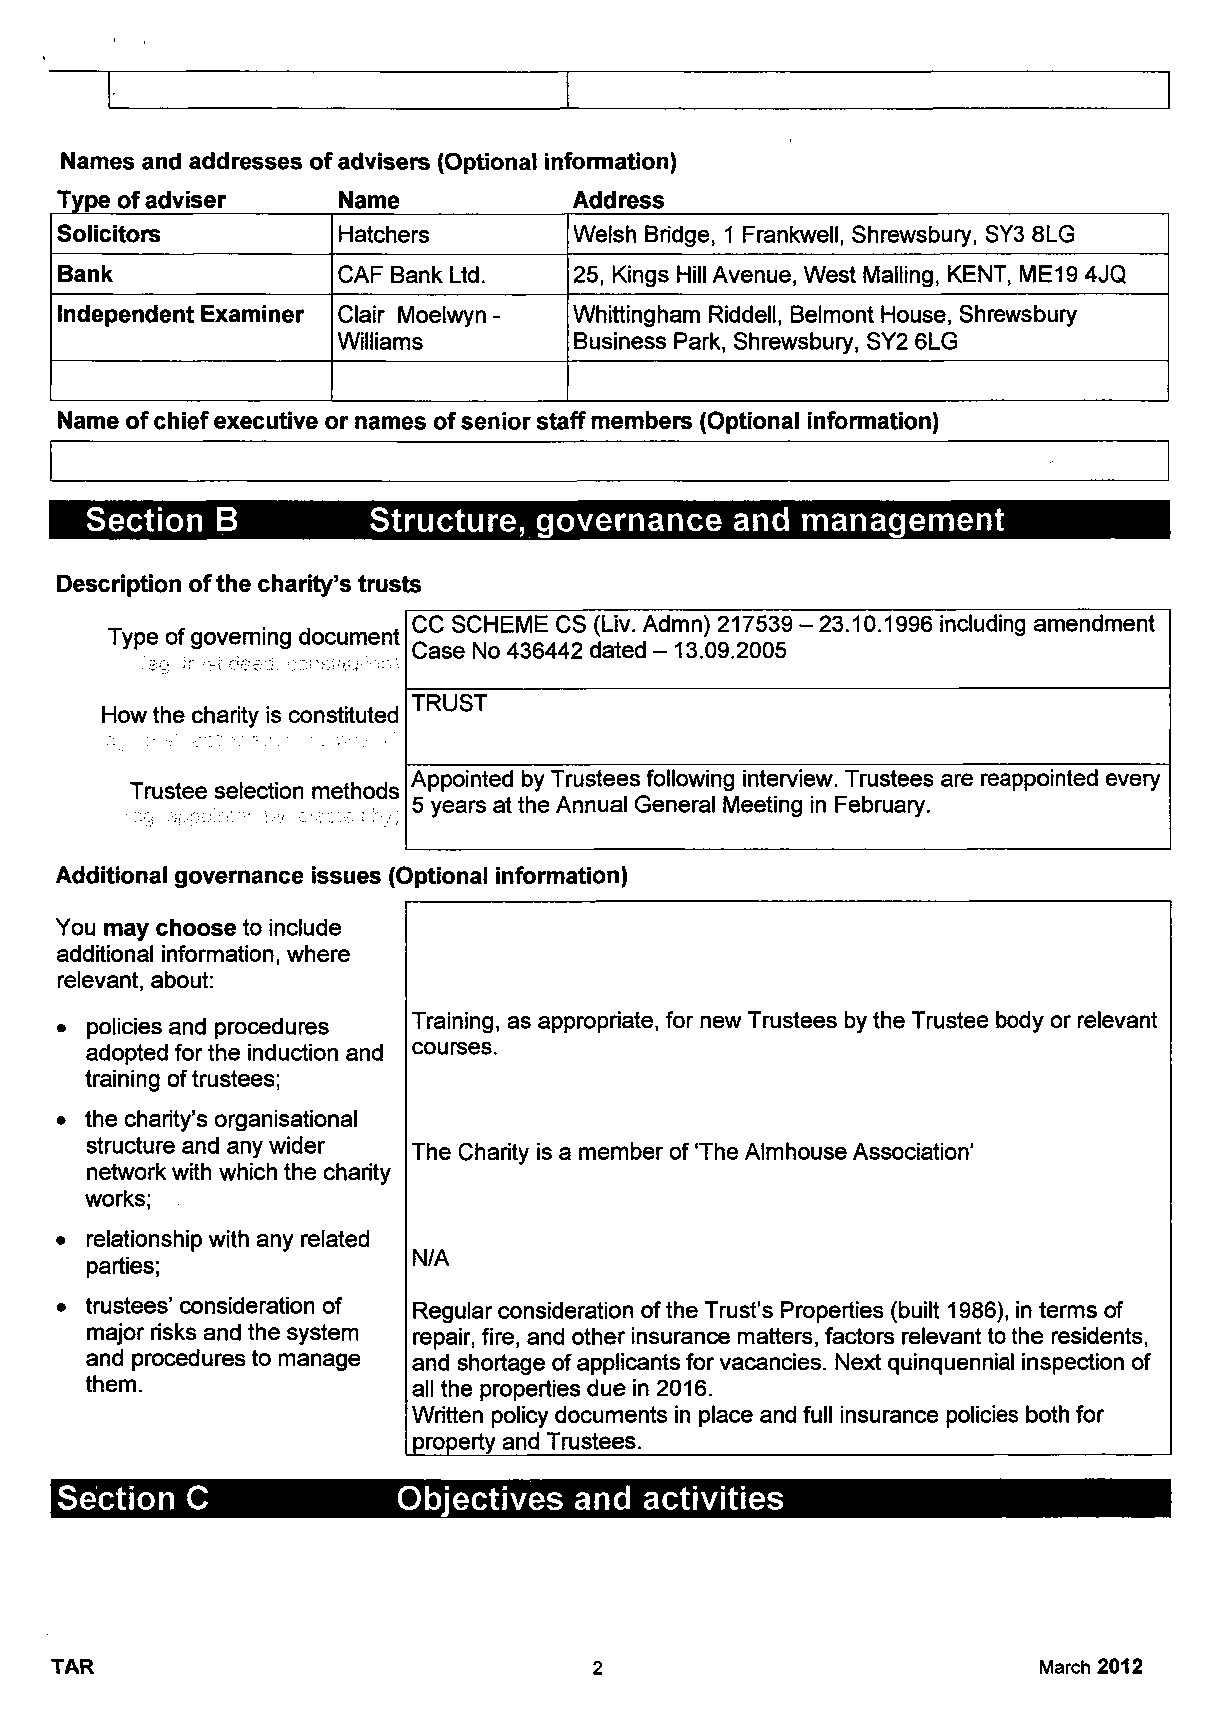
Names and addresses of advisers (Optional information)
 Type of adviser   Name            Address
 Solicitors        Hatchers        Welsh Bridge, 1 Frankwell, Shrewsbury, SY3 8LG
 Bank              CAF Bank Ltd.   25, Kings Hill Avenue, West Mailing, KENT, ME19 4JQ
 Independent Examiner Clair Moelwyn - Whittingham Riddell, Belmont House, Shrewsbury
 Williams        Business Park, Shrewsbury, SY2 6LG
 Name of chief executive or names of senior staff members (Optional information)
 Section B         Structure,  governance  and  management
 Description ofthe charity's trusts
 CC SCHEME CS (Liv. Admn) 217539 - 23.10.1996 including amendment
 Type of governing document
 Case No 436442 dated - 13.09.2005
 TRUST
 How the charity is constituted
 Appointed by Trustees following interview. Trustees are reappointed every
 Trustee selection methods
 5 years at the Annual General Meeting in February.
 Additional governance issues (Optional information)
 You may choose to include
 additional information, where
 relevant, about:
 Training, as appropriate, for new Trustees by the Trustee body or relevant
 • policies and procedures
 adopted for the induction and courses.
 training of trustees;
 • the charity's organisational
 structure and any wider
 The Charity is a member of 'The Almhouse Association'
 network with which the charity
 works;
 • relationship with any related
 N/A
 parties;
 • trustees' consideration of Regular consideration of the Trust's Properties (built 1986), in terms of
 major risks and the system repair, fire, and other insurance matters, factors relevant to the residents,
 and procedures to manage and shortage of applicants for vacancies. Next quinquennial inspection of
 them.                all the properties due in 2016.
 Written policy documents in place and full insurance policies both for
 property and Trustees.
 Section C             Objectives  and  activities
 TAR                                 2                             March 2012